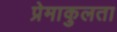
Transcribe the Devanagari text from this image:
प्रेमाकुलता